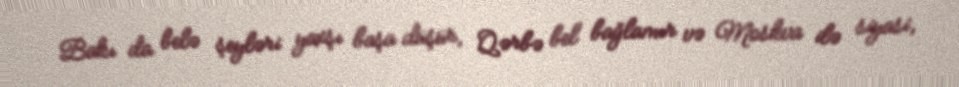
Bakı da belə şeyləri yaxşı başa düşür, Qərbə bel bağlamır və Moskva ilə siyasi,